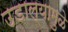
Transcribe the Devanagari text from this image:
उडाल्यामुळे